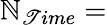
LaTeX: \mathbb{N}_{\mathscr{T}ime}=